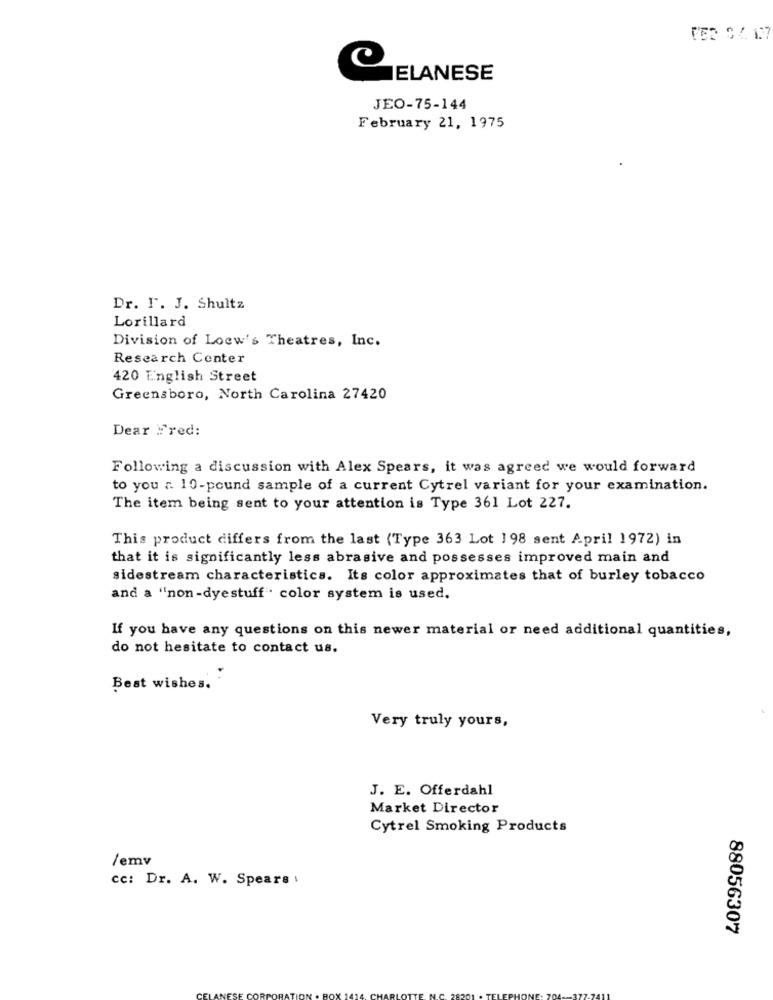
TED SA 17
ELANESE
JEO-75-144
February 21, 1975
Dr. I. J. Shultz
Lorillard
Division of Loew's Theatres, Inc.
Research Center
420 English Street
Greensboro, North Carolina 27420
Dear Fred:
Following a discussion with Alex Spears, it was agreed we would forward
to you r. 10-pound sample of a current Cytrel variant for your examination.
The item being sent to your attention is Type 361 Lot 227.
This product differs from the last (Type 363 Lot 1 98 sent April 1972) in
that it is significantly less abrasive and possesses improved main and
sidestream characteristics. Its color approximates that of burley tobacco
and a "non-dyestuff . color system is used.
If you have any questions on this newer material or need additional quantities,
do not hesitate to contact us.
Best wishes. "
Very truly yours,
J. E. Offerdahl
Market Director
Cytrel Smoking Products
/emv
cc: Dr. A. W. Spears :
88056307